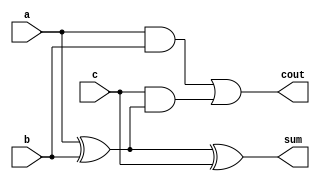
`timescale 1ns / 1ps
module full_adder(a,b,c,sum,cout);
input wire a,b,c;
output wire sum,cout;
assign sum=a^b^c;
assign cout=(a&b)|(c&(a^b));
endmodule
module half_adder(a,b,sum,cout);
input wire a,b;
output wire sum,cout;
assign sum=a^b;
assign cout=a&b;
endmodule


module array_multiplier(a,b,y);
input wire [3:0]a;
input wire[3:0]b;
output wire[7:0]y;
wire w1,w2,w3,w4,w5,w6,w7,w8,w9,w10,w11,w12,w13,w14,w15,w16;
wire s1,s2,s3,s4,s5,s6,c1,c2,c3,c4,c5,c6,c7,c8,c9,c10,c11;
and an1(w1,a[0],b[0]);
and an2(w2,a[1],b[0]);
and an3(w3,a[2],b[0]);
and an4(w4,a[3],b[0]);
and an5(w5,a[0],b[1]);
and an6(w6,a[1],b[1]);
and an7(w7,a[2],b[1]);
and an8(w8,a[3],b[1]);
and an9(w9,a[0],b[2]);
and an10(w10,a[1],b[2]);
and an11(w11,a[2],b[2]);
and an12(w12,a[3],b[2]);
and an13(w13,a[0],b[3]);
and an14(w14,a[1],b[3]);
and an15(w15,a[2],b[3]);
and an16(w16,a[3],b[3]);
assign y[0]=w1;
half_adder ha1(w5,w2,y[1],c1);
half_adder ha2(w9,w6,s1,c2);
full_adder fa3(s1,c1,w3,y[2],c3);
half_adder ha4(w13,w10,s2,c4);
full_adder fa5(s2,c2,w7,s3,c5);
full_adder fa6(s3,c3,w4,y[3],c6);
full_adder fa7(w14,w11,c4,s4,c7);
full_adder fa8(s4,c5,w8,s5,c8);
half_adder ha9(s5,c6,y[4],c9);
full_adder fa10(w15,c7,w12,s6,c10);
full_adder fa11(s6,c8,c9,y[5],c11);
full_adder fa12(w16,c10,c11,y[6],y[7]);



endmodule